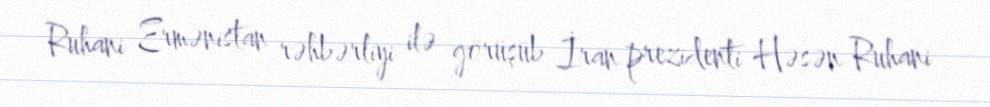
Ruhani Ermənistan rəhbərliyi ilə görüşüb İran prezidenti Həsən Ruhani